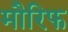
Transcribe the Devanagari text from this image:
मौरिफ